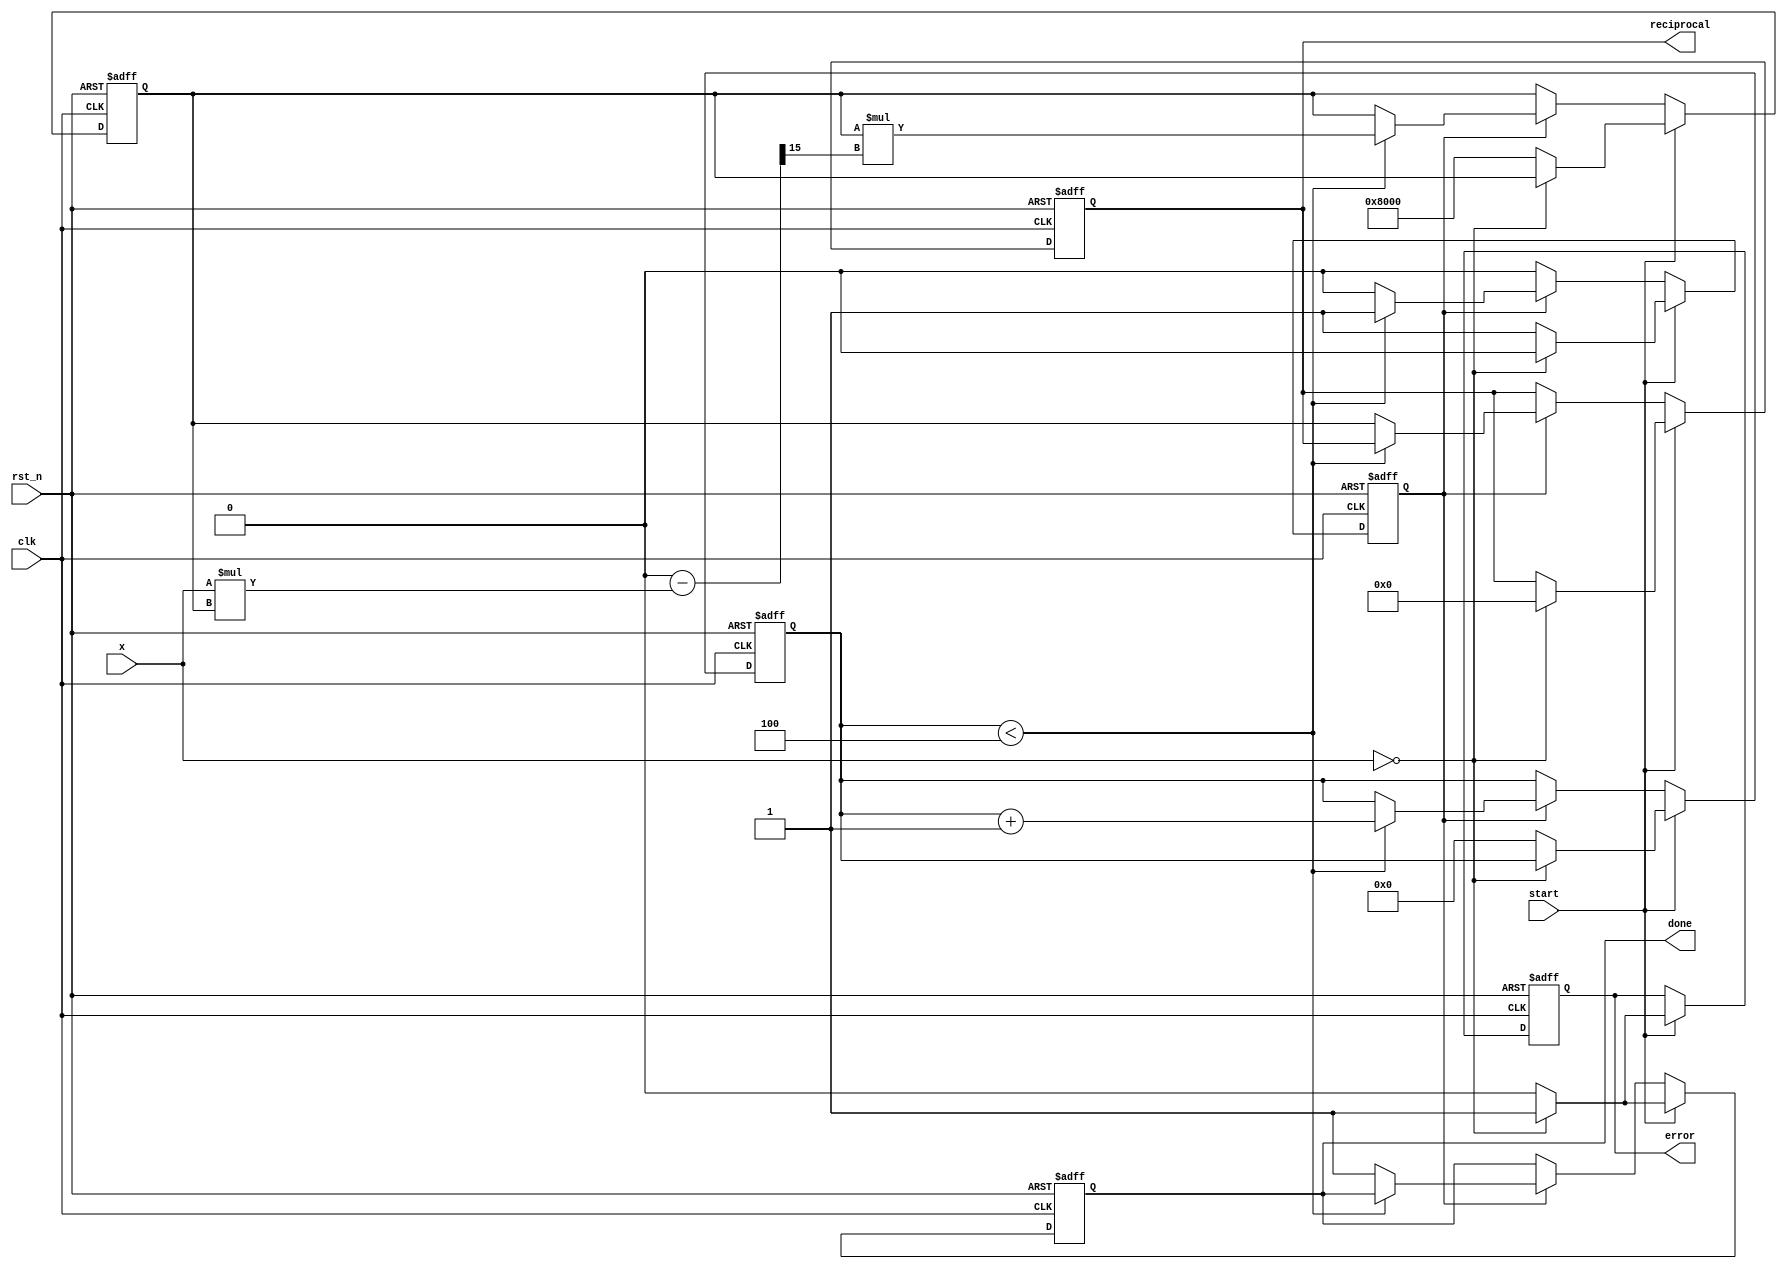
module binary_fractional_reciprocal #(
    parameter N = 16  // Bit width for the input and output
) (
    input wire clk,                   // Input clock
    input wire rst_n,                 // Active low reset
    input wire [N-1:0] x,             // Input (binary fractional) 
    output reg [N-1:0] reciprocal,     // Output (binary fractional reciprocal)
    output reg error,                  // Error signal (1 if input is zero)
    input wire start,                  // Start computation signal
    output reg done                    // Done signal
);

    localparam ITERATIONS = 4; // Number of iterations for Newton-Raphson

    reg [N-1:0] approx;          // Current approximation
    reg [3:0] count;             // Iteration counter
    reg computing;               // State of the computation

    always @(posedge clk or negedge rst_n) begin
        if (!rst_n) begin
            reciprocal <= 0;
            error <= 0;
            done <= 0;
            approx <= 0;
            computing <= 0;
            count <= 0;
        end else if (start) begin
            if (x == 0) begin
                reciprocal <= 0;  // for zero input
                error <= 1;       // Indicate error
                done <= 1;        // Signal completion
                computing <= 0;   // No ongoing computation
            end else begin
                // Initialize for computation
                approx <= {1'b1, {N-1{1'b0}}}; // Initial guess: 1.0 (for input < 1)
                count <= 0;
                error <= 0;      // Clear error
                done <= 0;       // Clear done
                computing <= 1;  // Start computing
            end
        end else if (computing) begin
            if (count < ITERATIONS) begin
                // Newton-Raphson Update: approx = approx * (2 - x * approx)
                approx <= approx * ((1'b1 << N) - (x * approx) >> (N-1));
                count <= count + 1;
            end else begin
                // Finish computation
                reciprocal <= approx;  // Final approximation as reciprocal
                done <= 1;             // Signal that computation is done
                computing <= 0;        // End computing
            end
        end 
    end
endmodule